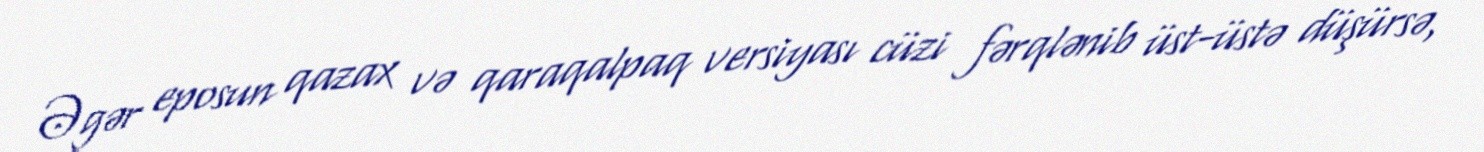
Əgər eposun qazax və qaraqalpaq versiyası cüzi fərqlənib üst-üstə düşürsə,